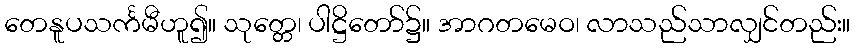
တေနူပသင်္ကမီဟူ၍။ သုတ္တေ၊ ပါဋ္ဌိတော်၌။ အာဂတမေဝ၊ လာသည်သာလျှင်တည်း။